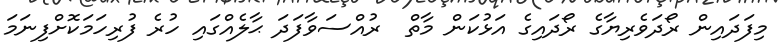
މިފަދައިން ރޯދަވެރިޔާގެ ރޯދައިގެ އަޅުކަން މާތް  ރުއްސަވާފަދަ ޙާލެއްގައި ހުރެ ފުރިހަމަކޮށްފިނަމަ